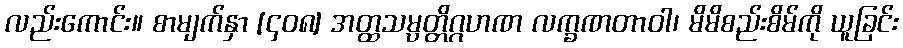
လည်းကောင်း။ စာမျက်နှာ [၄၀၈] အတ္ထသမ္ပတ္တိဂ္ဂဟဏ လက္ခဏတာဝါ၊ မိမိစည်းစိမ်ကို ယူခြင်း